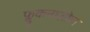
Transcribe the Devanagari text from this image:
फ्लुकनाज़ोल